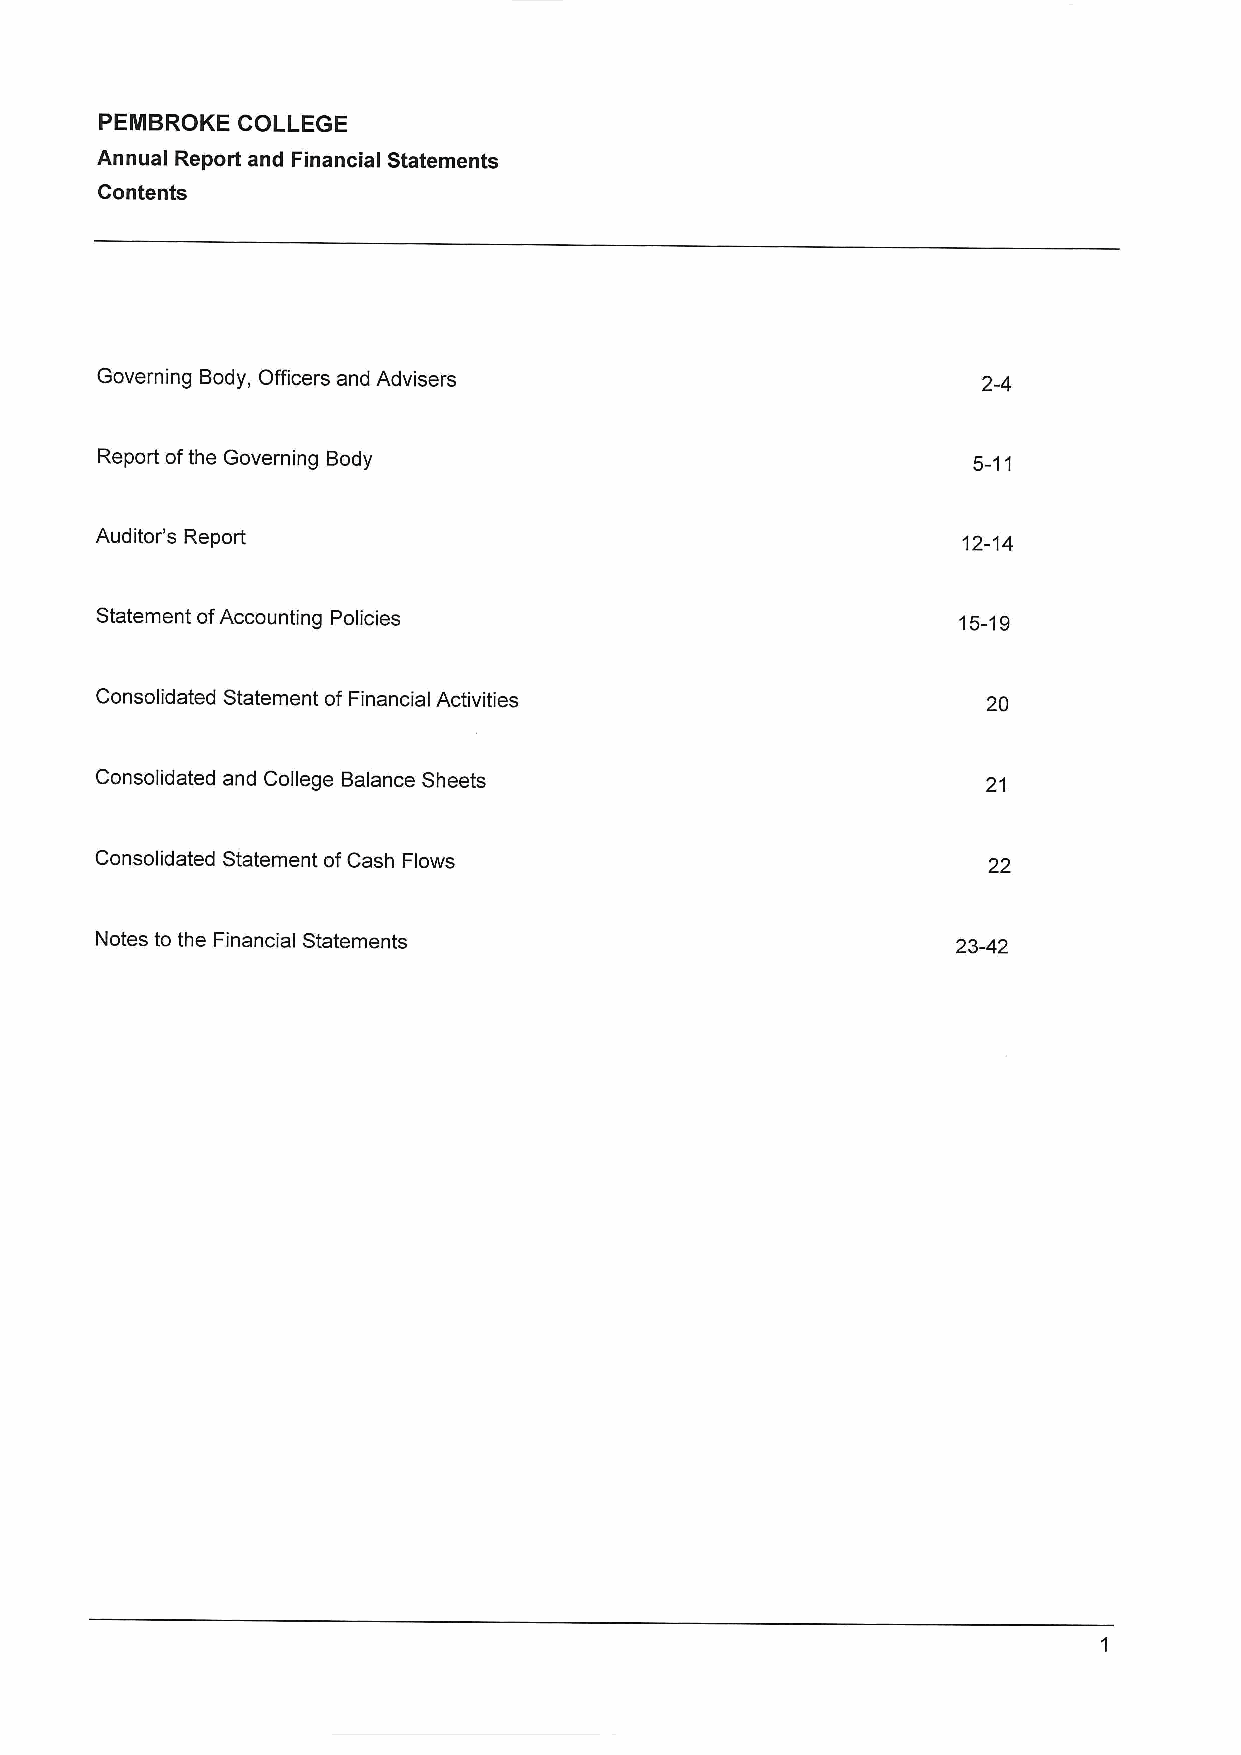
PEMBROKE COLLEGE
 Annual Report and Financial Statements
 Contents
 Governing Body, Officers and Advisers                      2-4
 Report ofthe Governing Body                               5-11
 Auditor's Report                                          12-14
 Statement ofAccounting Policies                          15-19
 Consolidated Statement of Financial Activities             20
 Consolidated and College Balance Sheets                    21
 Consolidated Statement ofCash Flows                        22
 Notes to the Financial Statements